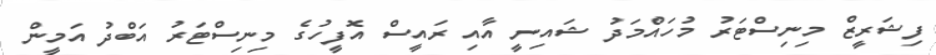
ފިޝަރީޒް މިނިސްޓަރު މުހައްމަދު ޝައިނީ އާއި ރައީސް އޮފީހުގެ މިނިސްޓަރު އަބްދު އަމީން